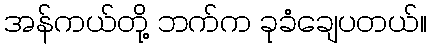
အန်ကယ်တို့ ဘက်က ခုခံချေပတယ်။